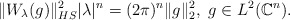
\begin{align*} \|W_{\lambda}(g)\|^2_{HS}|\lambda|^n=(2\pi)^n\|g\|_2^2, ~g\in L^2(\mathbb{C}^n).\end{align*}